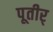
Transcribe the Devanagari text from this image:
पूतीर्